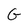
Character: G